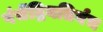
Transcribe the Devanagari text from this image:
पंचेंद्रियतिर्यच